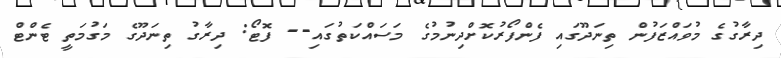
ދިރާގުގެ މުވައްޒަފުން ތިނަދޫގައި ފެންފޯރުކޮށްދިނުމުގެ މަސައްކަތުގައި-- ފޮޓޯ: ދިރާގު ތިނަދޫގެ މަގުމަތީ ޓެންޓް